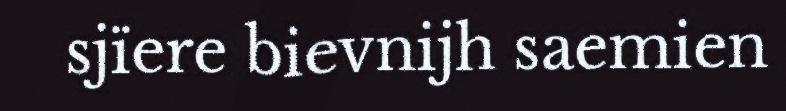
sjïere bievnijh saemien